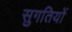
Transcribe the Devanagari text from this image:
सुगतियों